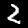
Digit: 2